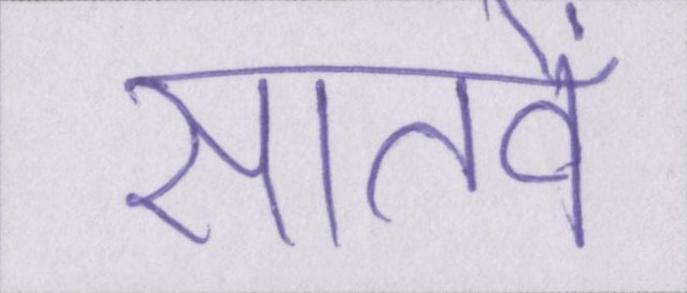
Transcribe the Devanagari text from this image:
सातवें